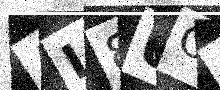
Text: AL8UOS